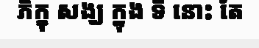
ភិក្ខុ សង្ឃ ក្នុង ទី នោះ តែ